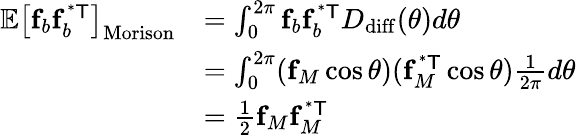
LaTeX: \begin{array}{rl}{\mathbb{E}\left[\mathbf{f}_{b}\mathbf{f}_{b}^{\mathsf{^{*}T}}\right]_{\mathrm{Morison}}}&{=\int_{0}^{2\pi}\mathbf{f}_{b}\mathbf{f}_{b}^{\mathsf{^{*}T}}D_{\mathrm{diff}}(\theta)d\theta}\\ &{=\int_{0}^{2\pi}(\mathbf{f}_{M}\cos\theta)(\mathbf{f}_{M}^{\mathsf{^{*}T}}\cos\theta)\frac{1}{2\pi}d\theta}\\ &{=\frac{1}{2}\mathbf{f}_{M}\mathbf{f}_{M}^{\mathsf{^{*}T}}}\end{array}